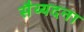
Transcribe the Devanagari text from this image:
सैय्यदना